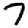
Digit: 7